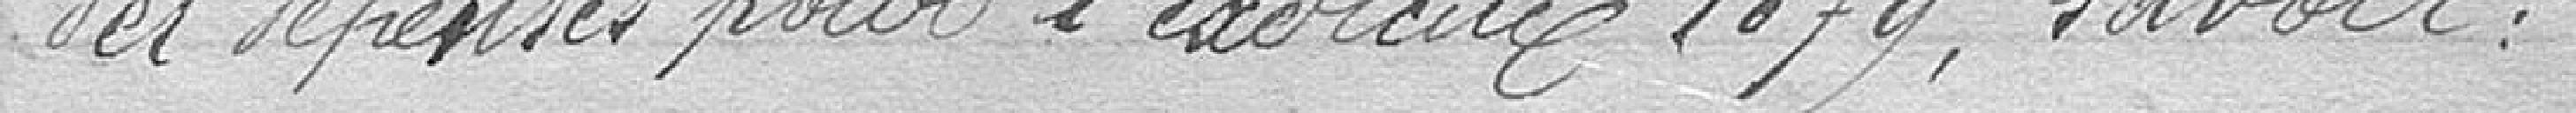
des dépenses pour l'exercice 1879, savoir :